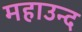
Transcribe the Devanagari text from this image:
महाउन्द